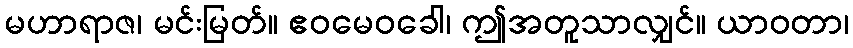
မဟာရာဇ၊ မင်းမြတ်။ ဧဝမေဝခေါ၊ ဤအတူသာလျှင်။ ယာဝတာ၊